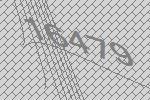
16479